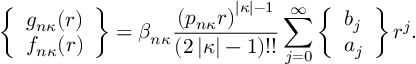
\left\{ \begin{array} { l } { g _ { n \kappa } ( r ) } \\ { f _ { n \kappa } ( r ) } \end{array} \right\} = \beta _ { n \kappa } \frac { \left( p _ { n \kappa } r \right) ^ { \left| \kappa \right| - 1 } } { ( 2 \left| \kappa \right| - 1 ) ! ! } \sum _ { j = 0 } ^ { \infty } \left\{ \begin{array} { l } { b _ { j } } \\ { a _ { j } } \end{array} \right\} r ^ { j } .